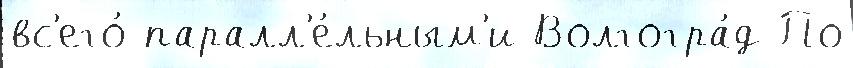
вс'его́ паралл'е́льным'и Волгогра́д По